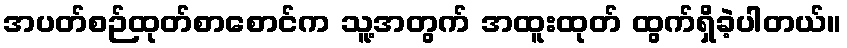
အပတ်စဉ်ထုတ်စာစောင်က သူ့အတွက် အထူးထုတ် ထွက်ရှိခဲ့ပါတယ်။